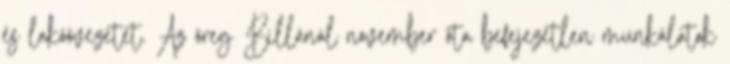
és lakóövezetet. Az öreg Billánál november óta befejezetlen munkálatok